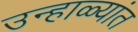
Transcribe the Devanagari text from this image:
उन्हाळ्यांत